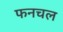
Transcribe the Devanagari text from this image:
फनचल